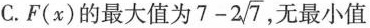
C.F(x)的最大值为 $$7-2 \sqrt{7}$$ ，无最小值